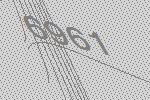
6961